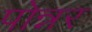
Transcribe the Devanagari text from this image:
पोन्नर